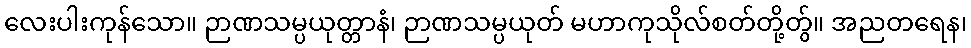
လေးပါးကုန်သော။ ဉာဏသမ္ပယုတ္တာနံ၊ ဉာဏသမ္ပယုတ် မဟာကုသိုလ်စတ်တို့တွ်။ အညတရေန၊